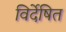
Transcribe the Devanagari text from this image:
विर्देषित